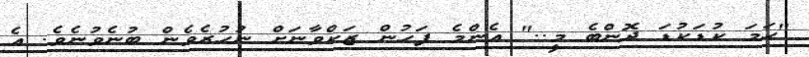
"ހަމަ ކުޑަކުޑަ ދޮންބެ މީ.." އެންމެ ފަހުން ޒަކްވާނަށް ނުހުރެވެން ބުނެވުނެވެ. އެ